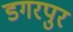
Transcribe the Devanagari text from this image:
डगरपुर